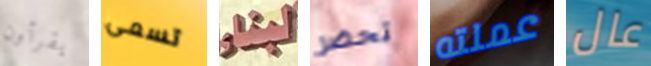
يقرأون تسمى لبناء تحضر عملته عال